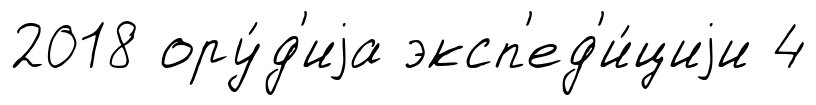
2018 ору́д'иjа эксп'ед'и́циjи 4